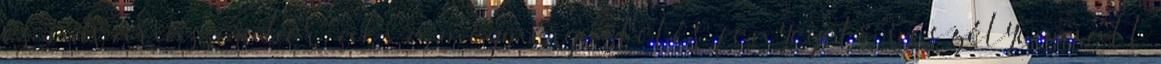
és udvarias ember, aki a megmérgeztetés fenyegető veszélye miatt